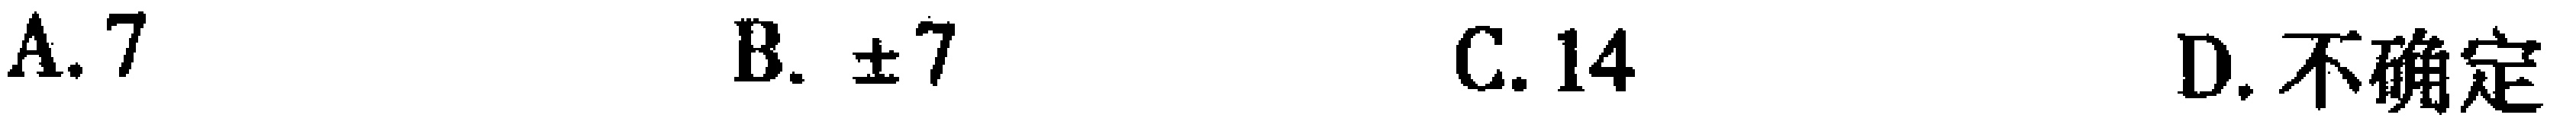
A. 7  B. $\pm7$  C. 14  D. 不确定